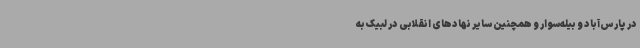
در پارس‌آباد و بیله‌سوار و همچنین سایر نهادهای انقلابی در لبیک به